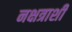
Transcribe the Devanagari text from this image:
नक्षत्राशी